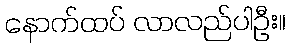
နောက်ထပ် လာလည်ပါဦး။